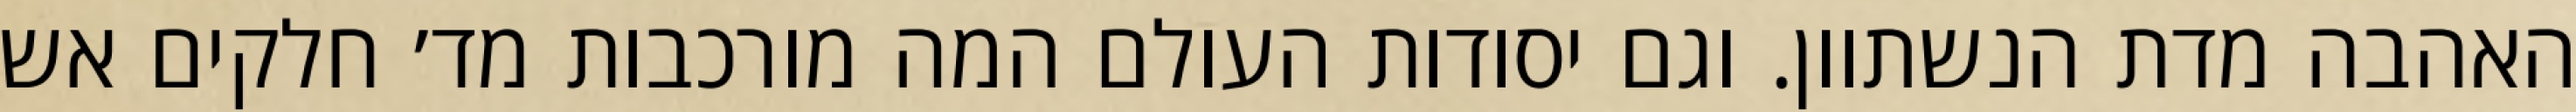
האהבה מדת הנשתוון. וגם יסודות העולם המה מורכבות מד׳ חלקים אש